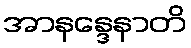
အာနန္ဒေနာတိ